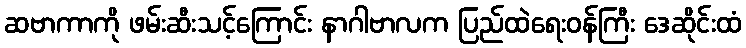
ဆဗာကာကို ဖမ်းဆီးသင့်ကြောင်း နာဂါဗာလက ပြည်ထဲရေးဝန်ကြီး ဒေဆိုင်းထံ